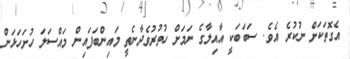
އެގޮތަކަށް ނުކުރެ އެވެ. ސަބަބަކީ އާއިލާގެ ނަމަށް ހުތުރުވެދާނެތީ މައިންބަފައިން މައްސަލަ ހުށަހަޅަން